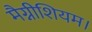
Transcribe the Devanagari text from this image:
मैग्नीशियम।